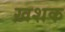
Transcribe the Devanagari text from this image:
ख़शक